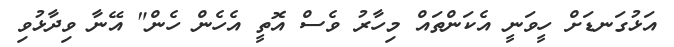
އަޅުގަނޑަށް ހީވަނީ އެކަންތައް މިހާރު ވެސް އޮތީ އެހެން ހެން" އޭނާ ވިދާޅުވި